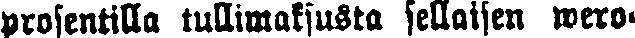
prosentilla tullimaksusta sellaisen wero-